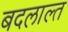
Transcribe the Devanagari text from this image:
बदलाल्त